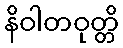
နိဝါတဝုတ္တိ